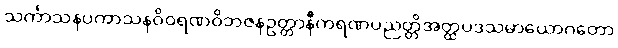
သင်္ကာသနပကာသနဝိဝရဏဝိဘဇနဥတ္တာနီကရဏပညတ္တိအတ္ထပဒသမာယောဂတော